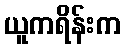
ယူကရိန်းက